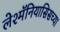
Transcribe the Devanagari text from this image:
लेश्मॅनियासिसच्या